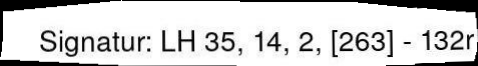
Signatur: LH 35, 14, 2, [263] - 132r